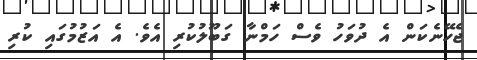
ޖެހޭނެކަން އެ ދުވަހު ވެސް ހަމްނާ ގަބޫލުކުރި އެވެ. އެ އަޒުމުގައި ކުރި